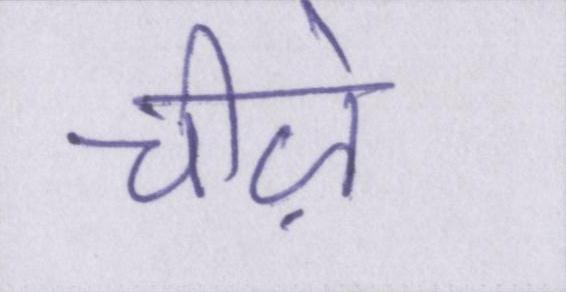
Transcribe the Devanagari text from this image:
चीज़ें